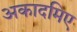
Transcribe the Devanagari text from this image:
अकादमिए